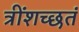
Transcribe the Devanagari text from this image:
त्रींशच्छतं